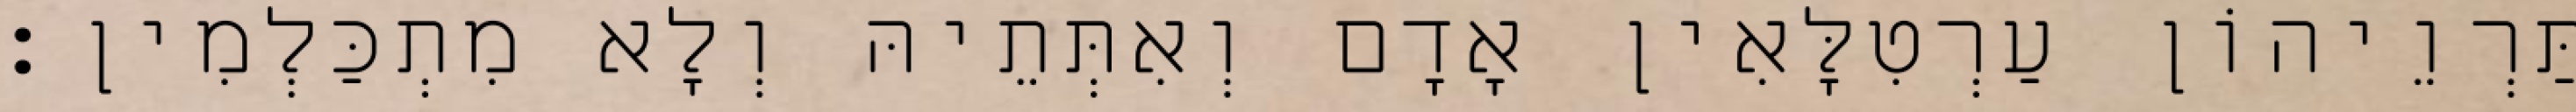
תַּרְוֵיהוֹן עַרְטִלָּאִין אָדָם וְאִתְּתֵיהּ וְלָא מִתְכַּלְמִין׃